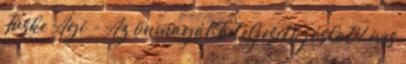
Tüske Ági - Az önmagát beteljesítő jóslat 1 éves